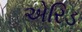
એરિડ